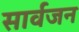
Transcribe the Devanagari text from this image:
सार्वजन